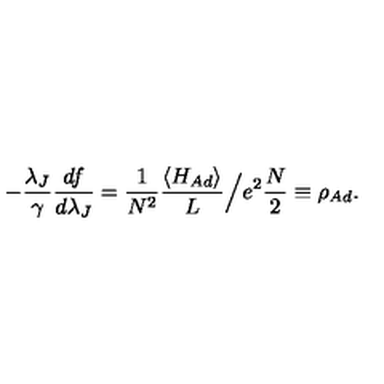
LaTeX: - \frac { \lambda _ { J } } { \gamma } \frac { d f } { d \lambda _ { J } } = \frac { 1 } { N ^ { 2 } } \frac { \langle H _ { A d } \rangle } { L } \Big / e ^ { 2 } \frac { N } { 2 } \equiv \rho _ { A d } .